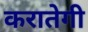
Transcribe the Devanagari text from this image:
करातेगी